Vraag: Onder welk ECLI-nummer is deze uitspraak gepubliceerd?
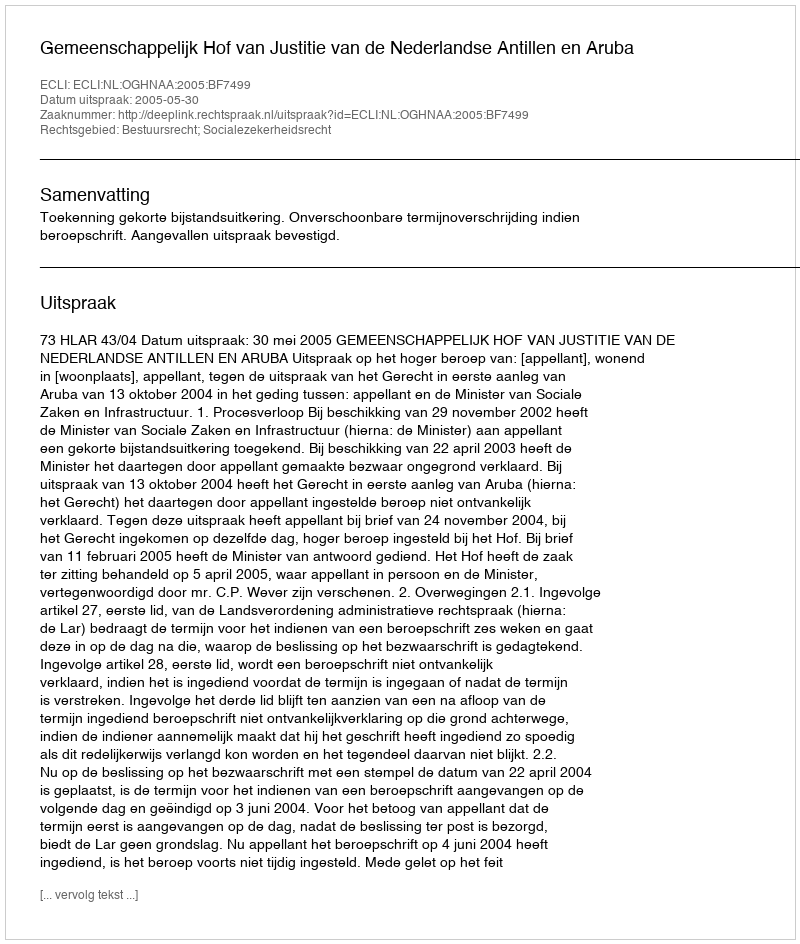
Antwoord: ECLI:NL:OGHNAA:2005:BF7499